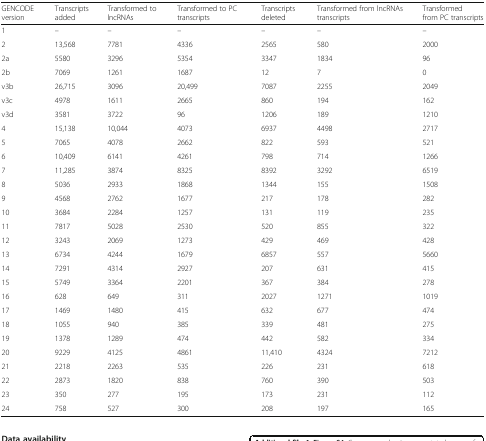
<table><thead><tr><td><b>GENCODE version</b></td><td><b>Transcripts added</b></td><td><b>Transformed to lncRNAs</b></td><td><b>Transformed to PC transcripts</b></td><td><b>Transcripts deleted</b></td><td><b>Transformed from lncRNAs transcripts</b></td><td><b>Transformed from PC transcripts</b></td></tr></thead><tbody><tr><td>1</td><td>–</td><td>–</td><td>–</td><td>–</td><td>–</td><td>–</td></tr><tr><td>2</td><td>13,568</td><td>7781</td><td>4336</td><td>2565</td><td>580</td><td>2000</td></tr><tr><td>2a</td><td>5580</td><td>3296</td><td>5354</td><td>3347</td><td>1834</td><td>96</td></tr><tr><td>2b</td><td>7069</td><td>1261</td><td>1687</td><td>12</td><td>7</td><td>0</td></tr><tr><td>v3b</td><td>26,715</td><td>3096</td><td>20,499</td><td>7087</td><td>2255</td><td>2049</td></tr><tr><td>v3c</td><td>4978</td><td>1611</td><td>2665</td><td>860</td><td>194</td><td>162</td></tr><tr><td>v3d</td><td>3581</td><td>3722</td><td>96</td><td>1206</td><td>189</td><td>1210</td></tr><tr><td>4</td><td>15,138</td><td>10,044</td><td>4073</td><td>6937</td><td>4498</td><td>2717</td></tr><tr><td>5</td><td>7065</td><td>4078</td><td>2662</td><td>822</td><td>593</td><td>521</td></tr><tr><td>6</td><td>10,409</td><td>6141</td><td>4261</td><td>798</td><td>714</td><td>1266</td></tr><tr><td>7</td><td>11,285</td><td>3874</td><td>8325</td><td>8392</td><td>3292</td><td>6519</td></tr><tr><td>8</td><td>5036</td><td>2933</td><td>1868</td><td>1344</td><td>155</td><td>1508</td></tr><tr><td>9</td><td>4568</td><td>2762</td><td>1677</td><td>217</td><td>178</td><td>282</td></tr><tr><td>10</td><td>3684</td><td>2284</td><td>1257</td><td>131</td><td>119</td><td>235</td></tr><tr><td>11</td><td>7817</td><td>5028</td><td>2530</td><td>520</td><td>855</td><td>322</td></tr><tr><td>12</td><td>3243</td><td>2069</td><td>1273</td><td>429</td><td>469</td><td>428</td></tr><tr><td>13</td><td>6734</td><td>4244</td><td>1679</td><td>6857</td><td>557</td><td>5660</td></tr><tr><td>14</td><td>7291</td><td>4314</td><td>2927</td><td>207</td><td>631</td><td>415</td></tr><tr><td>15</td><td>5749</td><td>3364</td><td>2201</td><td>367</td><td>384</td><td>278</td></tr><tr><td>16</td><td>628</td><td>649</td><td>311</td><td>2027</td><td>1271</td><td>1019</td></tr><tr><td>17</td><td>1469</td><td>1480</td><td>415</td><td>632</td><td>677</td><td>474</td></tr><tr><td>18</td><td>1055</td><td>940</td><td>385</td><td>339</td><td>481</td><td>275</td></tr><tr><td>19</td><td>1378</td><td>1289</td><td>474</td><td>442</td><td>582</td><td>334</td></tr><tr><td>20</td><td>9229</td><td>4125</td><td>4861</td><td>11,410</td><td>4324</td><td>7212</td></tr><tr><td>21</td><td>2218</td><td>2263</td><td>535</td><td>226</td><td>231</td><td>618</td></tr><tr><td>22</td><td>2873</td><td>1820</td><td>838</td><td>760</td><td>390</td><td>503</td></tr><tr><td>23</td><td>350</td><td>277</td><td>195</td><td>173</td><td>231</td><td>112</td></tr><tr><td>24</td><td>758</td><td>527</td><td>300</td><td>208</td><td>197</td><td>165</td></tr></tbody></table>